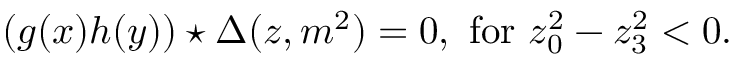
( g ( x ) h ( y ) ) \star \Delta ( z , m ^ { 2 } ) = 0 , ~ \mathrm { f o r } ~ z _ { 0 } ^ { 2 } - z _ { 3 } ^ { 2 } < 0 .